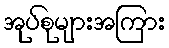
အုပ်စုများအကြား